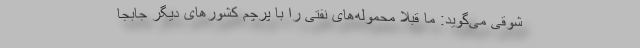
شوقی می‌گوید: ما قبلا محموله‌های نفتی را با پرچم کشورهای دیگر جابجا